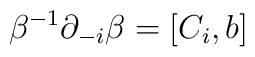
\beta^{-1} \partial_{-i} \beta = [C_i, b]